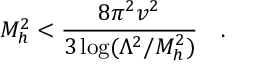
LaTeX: M _ { h } ^ { 2 } < { \frac { 8 \pi ^ { 2 } v ^ { 2 } } { 3 \log ( \Lambda ^ { 2 } / M _ { h } ^ { 2 } ) } } \quad .